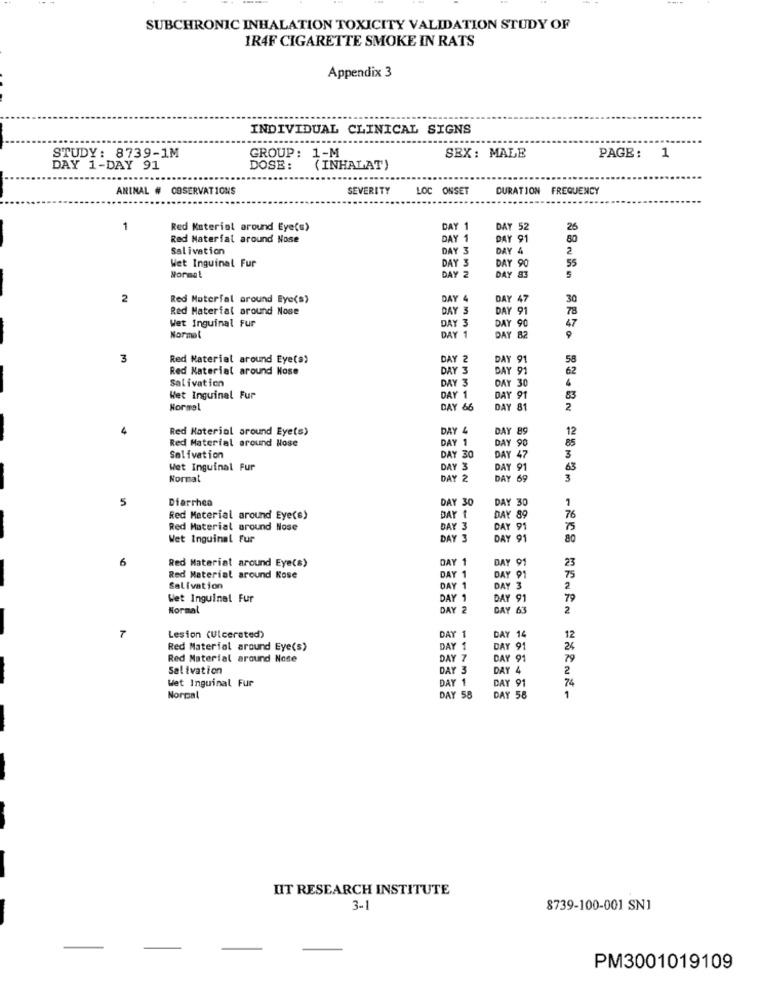
SUBCHRONIC INHALATION TOXICITY VALIDATION STUDY OF
1R4F CIGARETTE SMOKE IN RATS
Appendix 3
INDIVIDUAL CLINICAL SIGNS
STUDY: 8739-1M
GROUP: 1-M
SEX: MALE
PAGE: 1
DAY 1-DAY 91
DOSE:
(INHALAT)
ANINAL # OBSERVATIONS
SEVERITY
LOC ONSET
DURATION FREQUENCY
1
Red Material around Eye(s)
DAY 1
52
26
Red Material around Nose
DAY 1
DAYS
80
Salivation
DAY 3
DAY 4
2
Wet Inguinal Fur
DAY 3
55
DAY 2
Y 90
5
Normal
DAY 83
2
Red Material around Eye(s)
DAY 4
DAY 47
30
Red Material around Nose
DAY 3
DAY 9
78
Wet Inguinal Fur
47
DAY 3
DAYS
Normal
DAY 1
DAY 82
3
Red Material around Eyeta)
DAY 2
DAY 91
58
Red Material around Nose
DAY 3
DAY 91
62
Salivation
4
DAY 1
DAY 30
Wet Inguinal Fur
DAY 91
83
Formel
DAY 66
DAY 81
2
Red Material around Eye(s)
DAY
DAY 89
12
Red Material around Nose
DAY 1
DAY S
Salivation
DAY 30
DAY 47
3
Wet Inguinal Fur
DAY 3
DAYS
63
Normal
DAY 2
DAY 69
3
5
Diarrhea
DAY 30
DAY 30
Red Material around Eye(s)
DAY t
DAY 89
76
Red Material around Nose
DAY 3
Y 91
Wet Inguinal fur
DAY 3
DAY 91
80
6
DAY 1
DAY 91
23
Red Material around Eye(s)
75
Red Material around Kose
DAY 1
Y 91
2
Salivation
DAY 1
DAY 3
Wet Inguinal Fur
DAY 1
DAY 91
79
Normal
DAY 63
2
Lesion (Ulcersted)
DAY
-
DAY 14
12
Red Material around Eye(s)
DAY 1
DAY 91
26
Red Material around Note
DAY 7
DAY 91
79
Salivation
DAY 3
DAY 4
2
DAY 1
74
Wet Inguinal Fur
DAY 91
Normal
DAY 58
DAY 58
UIT RESEARCH INSTITUTE
3-1
8739-100-001 SN1
PM3001019109